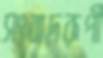
সংবাদরূপী